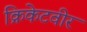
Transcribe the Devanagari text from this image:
क्रिकेटवीर